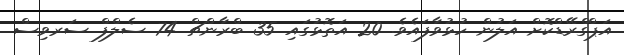
އަޕްގްރޭޑްކޮށް އަލުން ހުޅުވާފައެވެ. 20 އަތޮޅުގައި 35 ބްރާންޗް 74 ސެލްފް ސަރވިސް